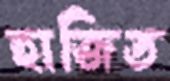
হাজিত